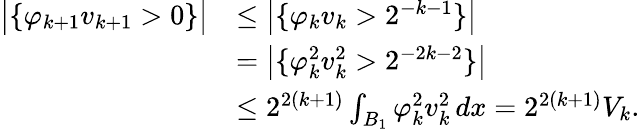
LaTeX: \begin{array}{rl}{\big|\{ \varphi_{k+1}v_{k+1}>0\} \big|}&{\le\big|\{ \varphi_{k}v_{k}>2^{-k-1}\} \big|}\\ &{=\big|\{ \varphi_{k}^{2}v_{k}^{2}>2^{-2k-2}\} \big|}\\ &{\le 2^{2(k+1)}\int_{B_{1}}\varphi_{k}^{2}v_{k}^{2}\, dx=2^{2(k+1)}V_{k}.}\end{array}